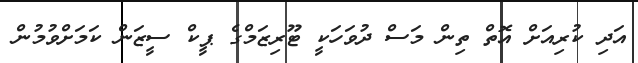
އަދި ކުރިއަށް އޮތް ތިން މަސް ދުވަހަކީ ޓޫރިޒަމްގެ ޕީކް ސީޒަން ކަމަށްވުމުން